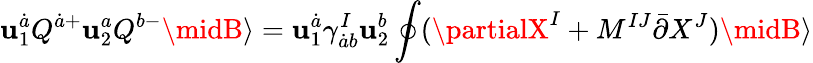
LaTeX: \mathbf{u}_{1}^{\dot{{a}}}Q^{\dot{{a}}+}\mathbf{u}_{2}^{a}Q^{b-}\midB\rangle=\mathbf{u}_{1}^{\dot{{a}}}\gamma_{\dot{{a}}b}^{I}\mathbf{u}_{2}^{b}\oint(\partialX^{I}+M^{IJ}\bar{{\partial}}X^{J})\midB\rangle